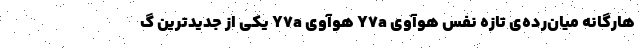
هارگانه میان‌رده‌ی تازه نفس هوآوی Y7a هوآوی Y7a یکی از جدیدترین گ